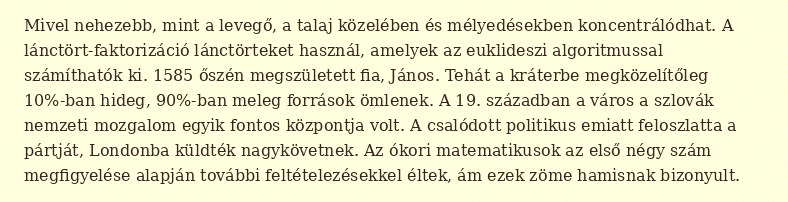
Mivel nehezebb, mint a levegő, a talaj közelében és mélyedésekben koncentrálódhat. A lánctört-faktorizáció lánctörteket használ, amelyek az euklideszi algoritmussal számíthatók ki. 1585 őszén megszületett fia, János. Tehát a kráterbe megközelítőleg 10%-ban hideg, 90%-ban meleg források ömlenek. A 19. században a város a szlovák nemzeti mozgalom egyik fontos központja volt. A csalódott politikus emiatt feloszlatta a pártját, Londonba küldték nagykövetnek. Az ókori matematikusok az első négy szám megfigyelése alapján további feltételezésekkel éltek, ám ezek zöme hamisnak bizonyult.